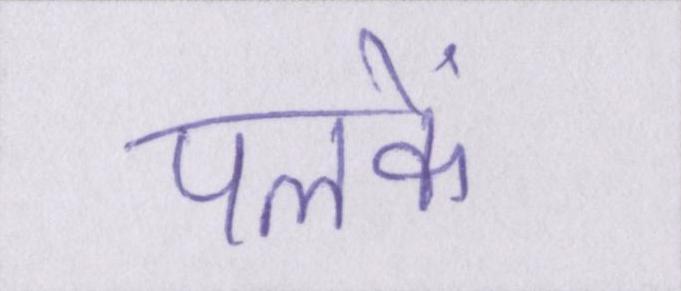
पलकें